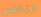
التنافس